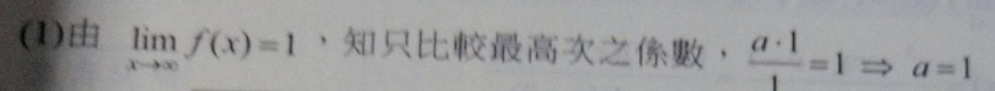
(1)由 $\lim_{x \to \infty} f(x) = 1$，知只比較最高次之係數，$\frac{a\cdot1}{1}=1\Rightarrow a = 1$